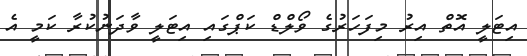
އިޓަލީ އޮތް އިރު މިފަހަރުގެ ވޯލްޑް ކަޕްގައި އިޓަލީ ވާދަނުކުރާ ކަމީ އެ